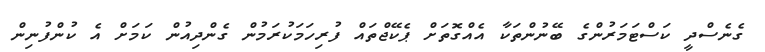
ގެނެސްދީ ކަސްޓަމަރުންގެ ބޭނުންތަކާ އެއްގޮތަށް ޕެކޭޖްތައް ފުރިހަމަކުރަމުން ގެންދިއުން ކަމަށް އެ ކުންފުނިން